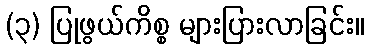
(၃) ပြုဖွယ်ကိစ္စ များပြားလာခြင်း။